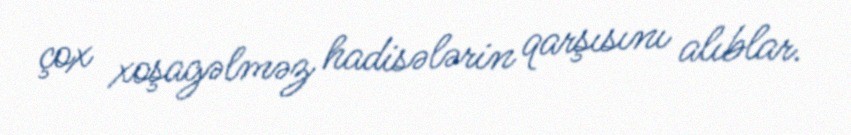
çox xoşagəlməz hadisələrin qarşısını alıblar.